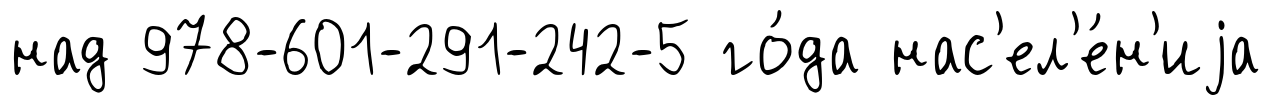
над 978-601-291-242-5 го́да нас'ел'е́н'иjа